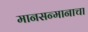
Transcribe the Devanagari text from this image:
मानसन्मानाचा